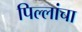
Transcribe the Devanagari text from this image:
पिल्लांचा